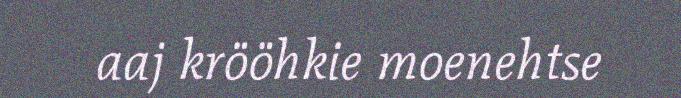
aaj krööhkie moenehtse